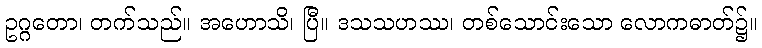
ဥဂ္ဂတော၊ တက်သည်။ အဟောသိ၊ ပြီ။ ဒသသဟဿ၊ တစ်သောင်းသော လောကဓာတ်၌။